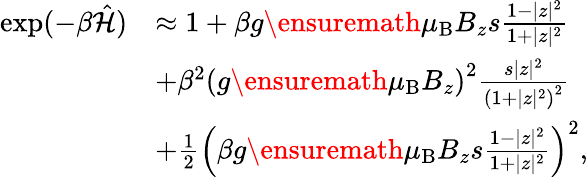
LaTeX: \begin{array}{rl}{\exp(-\beta\hat{{\cal H}})}&{\approx 1+\beta g{\ensuremath{\mu_{\mathrm{B}}}}B_{z}s\frac{1-|z|^{2}}{1+|z|^{2}}}\\ &{+\beta^{2}\left(g{\ensuremath{\mu_{\mathrm{B}}}}B_{z}\right)^{2}\frac{s|z|^{2}}{\left(1+|z|^{2}\right)^{2}}}\\ &{+\frac{1}{2}\left(\beta g{\ensuremath{\mu_{\mathrm{B}}}}B_{z}s\frac{1-|z|^{2}}{1+|z|^{2}}\right)^{2},}\end{array}